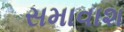
સમાવાશ